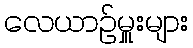
လေယာဉ်မှူးများ